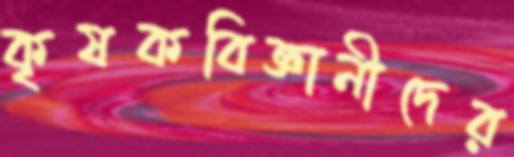
কৃষকবিজ্ঞানীদের